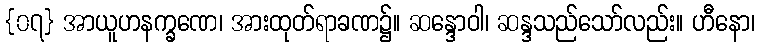
{၀၇} အာယူဟနက္ခဏေ၊ အားထုတ်ရာခဏ၌။ ဆန္ဒောဝါ၊ ဆန္ဒသည်သော်လည်း။ ဟီနော၊